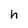
Character: h